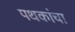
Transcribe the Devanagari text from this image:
पथकांचा